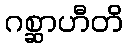
ဂစ္ဆာဟီတိ